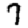
Digit: 7